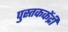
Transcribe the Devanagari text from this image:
पुस्तककेंद्री